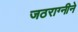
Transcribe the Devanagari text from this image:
जठराग्नीने